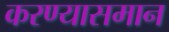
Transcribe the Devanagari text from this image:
करण्यासमान